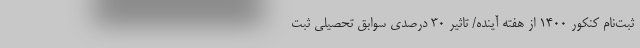
ثبت‌نام کنکور ۱۴۰۰ از هفته آینده/ تاثیر ۳۰ درصدی سوابق تحصیلی ثبت